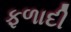
ફળાદી